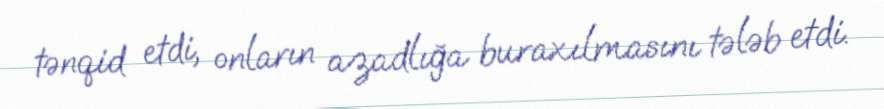
tənqid etdi, onların azadlığa buraxılmasını tələb etdi.